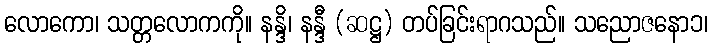
လောကော၊ သတ္တလောကကို။ နန္ဒိ၊ နန္ဒီ (ဆဋ္ဌ) တပ်ခြင်းရာဂသည်။ သညောဇနော၁၊